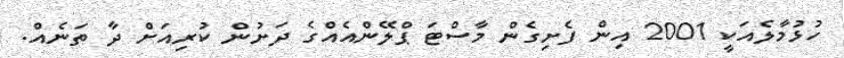
ހުޅުމާލެއަކީ 2001 އިން ފެށިގެން މާސްޓަ ޕްލޭންއެއްގެ ދަށުން ކުރިއަށް ދާ ތަނެއް.